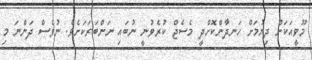
މޫވީއަކަށް ދިޔުމަށް ހަނދާންކޮށްދީ މެސެޖް ކުރެވުނީ ނުބައި ނަންބަރަކަށެވެ. ނުވެސް ދަންނަ މި